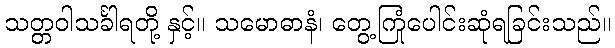
သတ္တဝါသင်္ခါရတို့ နှင့်။ သမောဓာနံ၊ တွေ့ကြုံပေါင်းဆုံရခြင်းသည်။